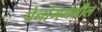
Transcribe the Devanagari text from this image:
पेनांगमधील